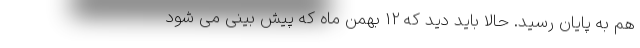
هم به پایان رسید. حالا باید دید که 12 بهمن ماه که پیش بینی می شود